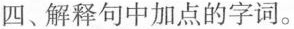
四、解释句中加点的字词。